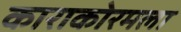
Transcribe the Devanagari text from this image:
काराकोरमला